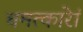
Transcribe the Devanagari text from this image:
चमत्कारेां